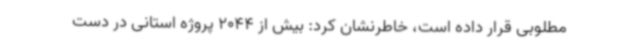
مطلوبی قرار داده است، خاطرنشان کرد: بیش از 2044 پروژه استانی در دست